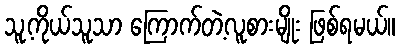
သူ့ကိုယ်သူသာ ကြောက်တဲ့လူစားမျိုး ဖြစ်ရမယ်။